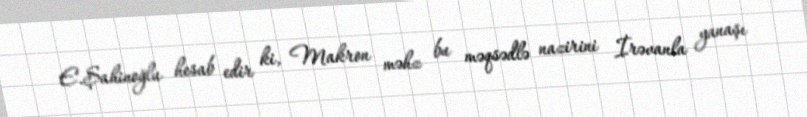
E.Şahinoğlu hesab edir ki, Makron məhz bu məqsədlə nazirini İrəvanla yanaşı